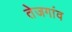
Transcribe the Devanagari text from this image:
तेजगांव